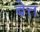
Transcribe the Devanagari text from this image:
बेत्त